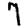
Digit: 7